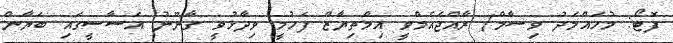
ފޮޓޯ: މުހައްމަދު ވިސާމް/ ރާއްޖެއެމްވީ އިމްތިޔާޒް ފަހުމީ ވިދާޅުވީ ގާނޫނު އަސާސީގައި ބަޔާން